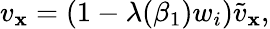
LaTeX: v_{\mathbf{x}}=(1-\lambda(\beta_{1})w_{i})\tilde{{v}}_{\mathbf{x}},